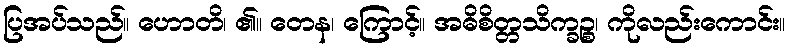
ပြအပ်သည်။ ဟောတိ၊ ၏။ တေန၊ ကြောင့်။ အဓိစိတ္တသိက္ခဉ္စ၊ ကိုလည်းကောင်း။